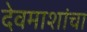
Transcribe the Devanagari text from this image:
देवमाशांचा